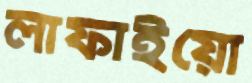
লাফাইয়ো